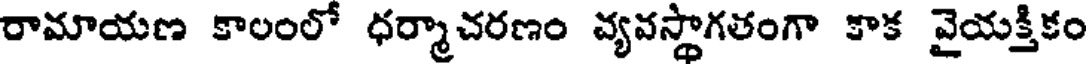
రామాయణ కాలంలో ధర్మాచరణం వ్యవస్థాగతంగా కాక వైయక్తికం